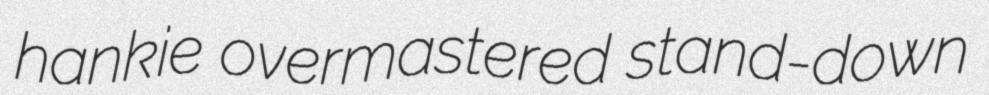
hankie overmastered stand-down